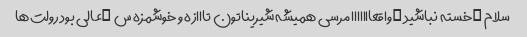
سلام …خسته نباشید …واقعااااااا مرسی همیشه شیریناتون تااازه و خوشمزه س …عالی بود رولت‌ها